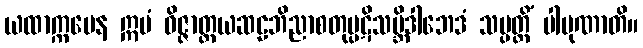
ယထာက္ကမေန ဣမံ ဝိဇ္ဇာတ္တယဆဠဘိညာစတုပ္ပဋိသမ္ဘိဒါဘေဒံ သမ္ပတ္တိံ ပါပုဏာတိ။